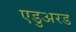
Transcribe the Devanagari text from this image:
एडुअरड